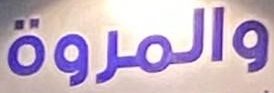
والمروة